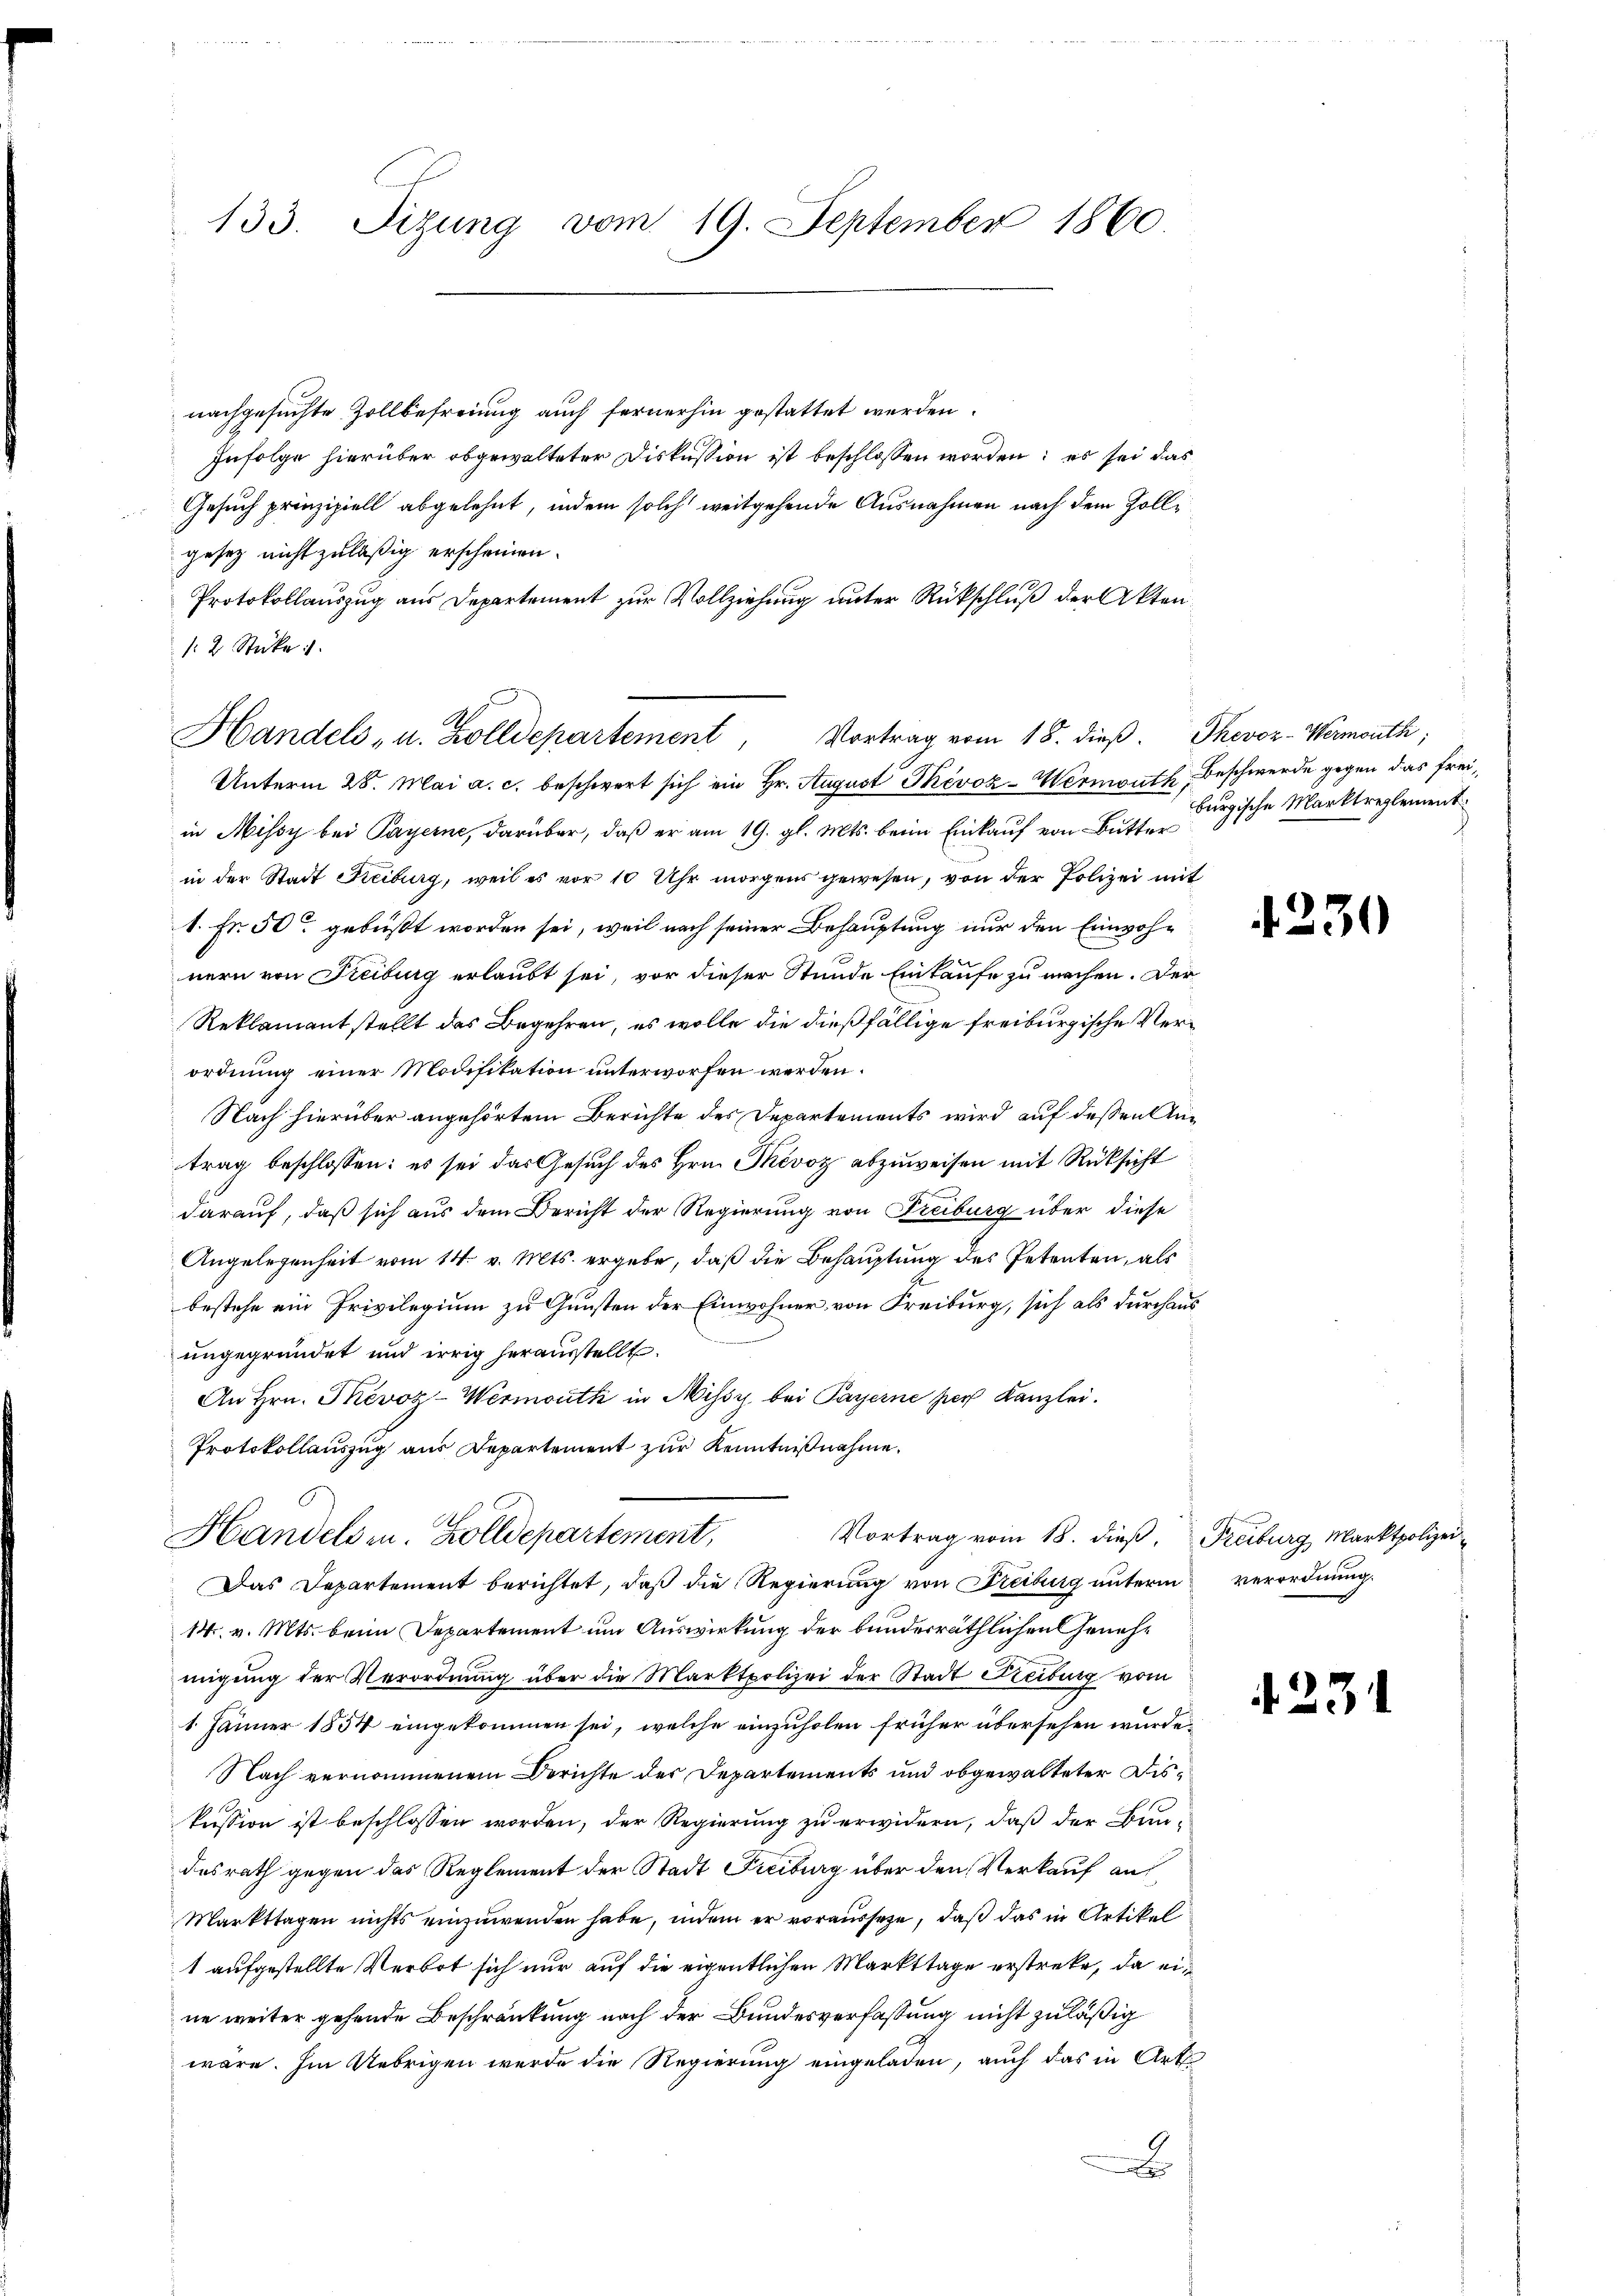
133. Tizŭng vom 19. September 1860.

nachgesuchte Zollbefreiung auch fernerhin gestattet werden.
Infolge hierüber obgewalteter Diskussion ist beschlossen worden; es sei das
Gesuch prinzipiell abgelehnt, indem solch weitgehende Ausnahmen nach dem Zollgesetz nicht zuläßig erscheinen.
Protokollauszug aus Departement zur Vollziehung unter Rückschluß der Akten
12 Stücke

Handels- u. Zolldepartement, Vortrag vom 18. dieβ. Thevoz-Wermouth,

Unterm 28. Mai a. c. beschwert sich ein Hr. August Tivoz-Wermouth, Beschwerde gegen das freiin Missy bei Payerne, darüber, daß er am 19. gl. Mts. beim Einkauf von Butter
in der Stadt Freiburg, weil es vor 10 Uhr morgens gewesen, von der Polizei mit
1. Fr. 50 gebüßt worden sei, weil nach seiner Behauptung nur den Einwohnern von Freiburg erlaubt sei, vor dieser Stunde Einkaufe zu machen. Der
Reklamant stellt das Begehren, es wolle die dießfällige freiburgische Verordnung einer Modifikation unterworfen werden.
Nach hierüber angehörtem Berichte des Departements wird auf deßen Antrag beschlossen: es sei das Gesuch des Hrn. Skévoz abzuweisen mit Rücksicht
darauf, daß sich aus dem Bericht der Regierung von Treiburg über diese
Angelegenheit vom 14. v. Mts. ergebe, daß die Behauptung des Petenten, als
bestehe ein Privilegium zu Gunsten der Einwohner von Freiburg, sich als durchaus
ungegründet und irrig herausstellt.
An Hrn. Tevoz-Wermouth in Missy bei Payerne per Kanzlei.
Protokollauszug aus Departement zur Kenntnißnahme.
Handels u. Zolldepartement,
Vortrag vom 18. dieß, Freiburg Marktpolizei¬
Das Departement berichtet, daß die Regierung von Freiburg unterm verordnung.
14. v. Mts. beim Departement um Auswirkung der bunderräthlichen Genehmigung der Verordnung über die Marktpolizei der Stadt Freiburg vom
1 Jänner 1854 eingekommen sei, welche einzuholen früher übersehen wurde.
Nach vernommenem Berichte der Departements und obgewalteter Diskussion ist beschlossen worden, der Regierung zu erwidern, daß der Bau-
desrath gegen das Reglement der Stadt Freiburg über den Verkauf auf
Markttagen nichts einzuwenden habe, indem er voraussetze, daß das in Artikel
1 aufgestellte Verbot sich nur auf die eigentlichen Markttage erstreke, da eine weiter gehende Beschränkung nach der Bundesverfassung nicht zuläßig
wäre. Im Uebrigen werde die Regierung eingeladen, auch das in Art.
x

burgische Marktreglement.

4230

t.23